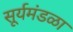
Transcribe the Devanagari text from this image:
सूर्यमंडळा